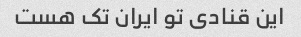
این قنادی تو ایران تک هست